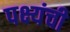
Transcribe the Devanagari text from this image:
पक्ष्यंची